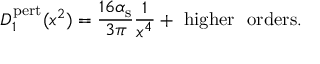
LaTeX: D _ { 1 } ^ { \mathrm { p e r t } } ( x ^ { 2 } ) = { \frac { 1 6 \alpha _ { \mathrm { s } } } { 3 \pi } } { \frac { 1 } { x ^ { 4 } } } + ~ \mathrm { h i g h e r ~ ~ o r d e r s } .